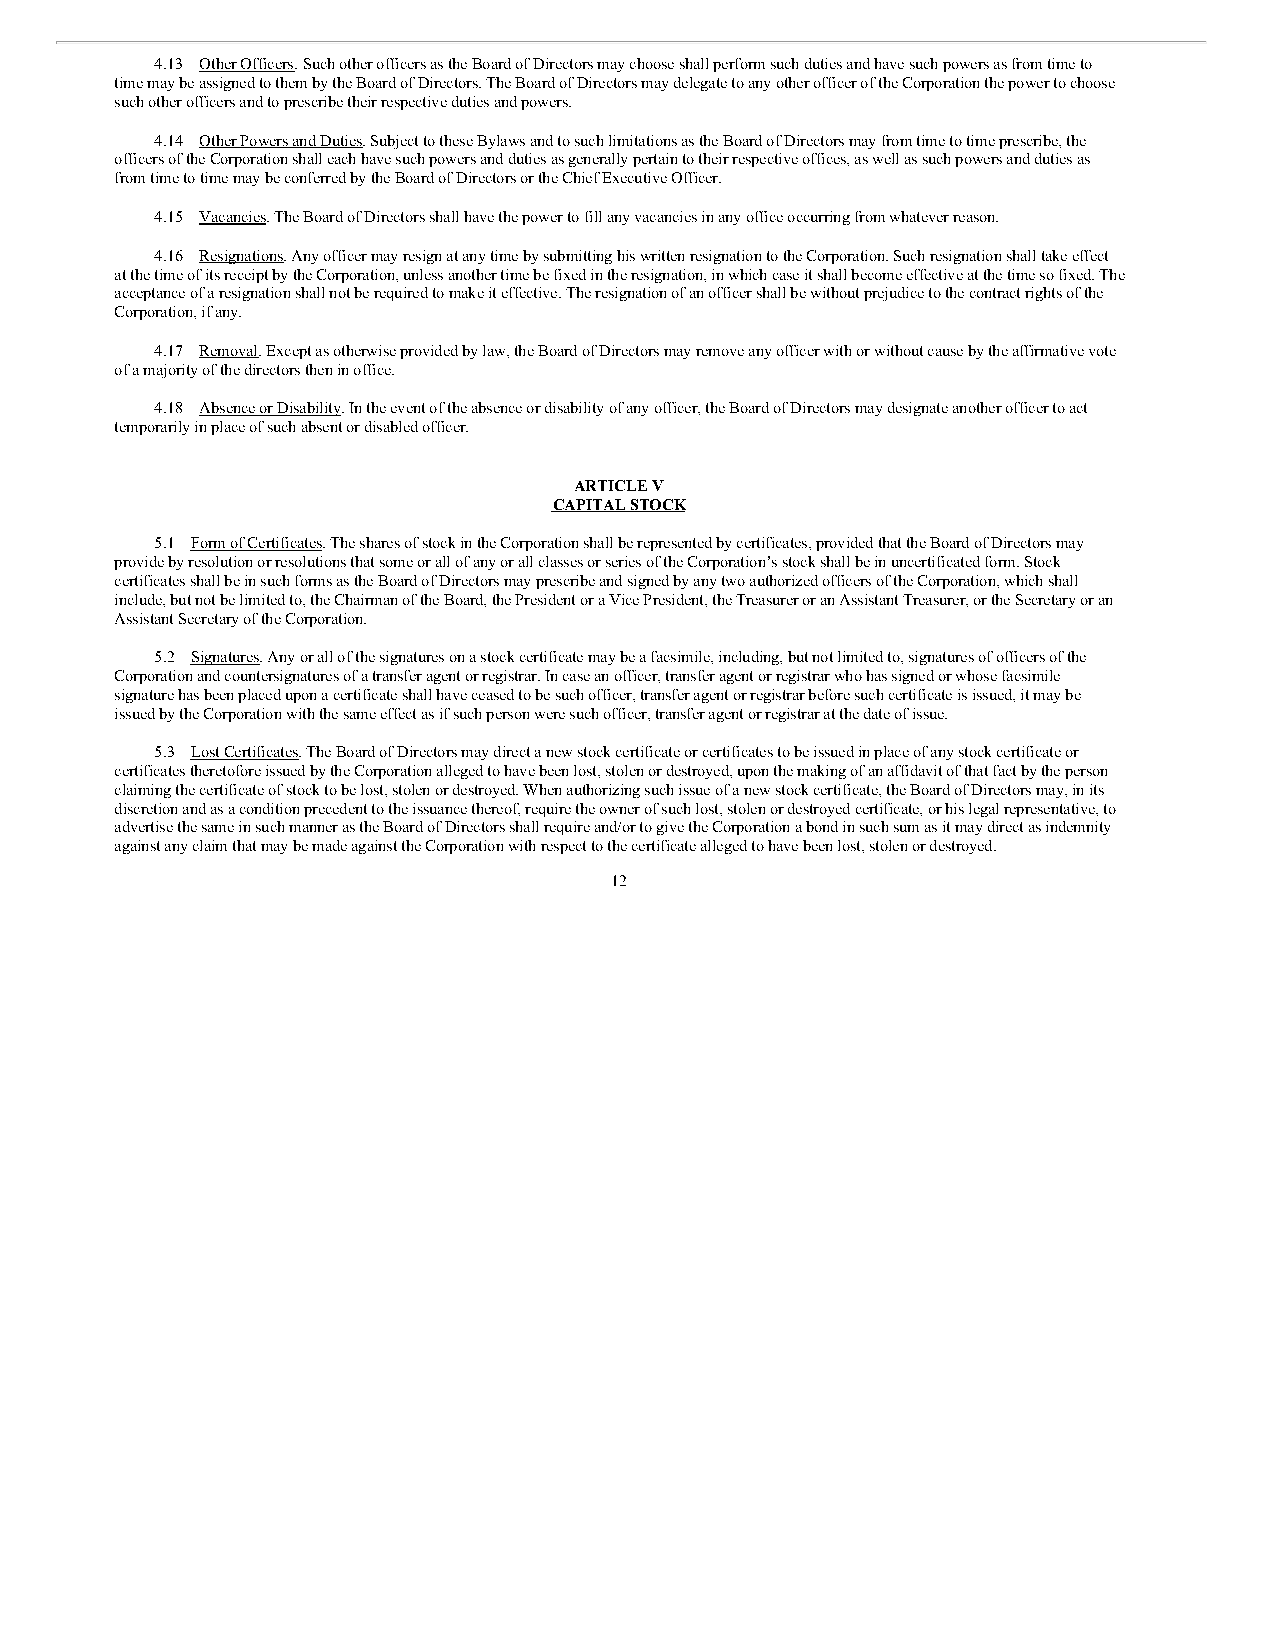
4.13 Other Officers. Such other officers as the Board of Directors may choose shall perform such duties and have such powers as from time to
 time may be assigned to them by the Board of Directors. The Board of Directors may delegate to any other officer of the Corporation the power to choose
 such other officers and to prescribe their respective duties and powers.
 4.14 Other Powers and Duties. Subject to these Bylaws and to such limitations as the Board of Directors may from time to time prescribe, the
 officers of the Corporation shall each have such powers and duties as generally pertain to their respective offices, as well as such powers and duties as
 from time to time may be conferred by the Board of Directors or the Chief Executive Officer.
 4.15 Vacancies. The Board of Directors shall have the power to fill any vacancies in any office occurring from whatever reason.
 4.16 Resignations. Any officer may resign at any time by submitting his written resignation to the Corporation. Such resignation shall take effect
 at the time of its receipt by the Corporation, unless another time be fixed in the resignation, in which case it shall become effective at the time so fixed. The
 acceptance of a resignation shall not be required to make it effective. The resignation of an officer shall be without prejudice to the contract rights of the
 Corporation, if any.
 4.17 Removal. Except as otherwise provided by law, the Board of Directors may remove any officer with or without cause by the affirmative vote
 of a majority of the directors then in office.
 4.18 Absence or Disability. In the event of the absence or disability of any officer, the Board of Directors may designate another officer to act
 temporarily in place of such absent or disabled officer.
 ARTICLE V
 CAPITAL STOCK
 5.1 Form of Certificates. The shares of stock in the Corporation shall be represented by certificates, provided that the Board of Directors may
 provide by resolution or resolutions that some or all of any or all classes or series of the Corporation’s stock shall be in uncertificated form. Stock
 certificates shall be in such forms as the Board of Directors may prescribe and signed by any two authorized officers of the Corporation, which shall
 include, but not be limited to, the Chairman of the Board, the President or a Vice President, the Treasurer or an Assistant Treasurer, or the Secretary or an
 Assistant Secretary of the Corporation.
 5.2 Signatures. Any or all of the signatures on a stock certificate may be a facsimile, including, but not limited to, signatures of officers of the
 Corporation and countersignatures of a transfer agent or registrar. In case an officer, transfer agent or registrar who has signed or whose facsimile
 signature has been placed upon a certificate shall have ceased to be such officer, transfer agent or registrar before such certificate is issued, it may be
 issued by the Corporation with the same effect as if such person were such officer, transfer agent or registrar at the date of issue.
 5.3 Lost Certificates. The Board of Directors may direct a new stock certificate or certificates to be issued in place of any stock certificate or
 certificates theretofore issued by the Corporation alleged to have been lost, stolen or destroyed, upon the making of an affidavit of that fact by the person
 claiming the certificate of stock to be lost, stolen or destroyed. When authorizing such issue of a new stock certificate, the Board of Directors may, in its
 discretion and as a condition precedent to the issuance thereof, require the owner of such lost, stolen or destroyed certificate, or his legal representative, to
 advertise the same in such manner as the Board of Directors shall require and/or to give the Corporation a bond in such sum as it may direct as indemnity
 against any claim that may be made against the Corporation with respect to the certificate alleged to have been lost, stolen or destroyed.
 12